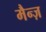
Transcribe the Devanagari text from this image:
मैन्ज़